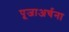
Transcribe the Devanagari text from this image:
पूजाअर्चना